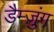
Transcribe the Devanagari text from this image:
डैम्ज़ुंग